Vaccination North-Western Provinces 1866-1877 - 1866-1877
Year: 1866
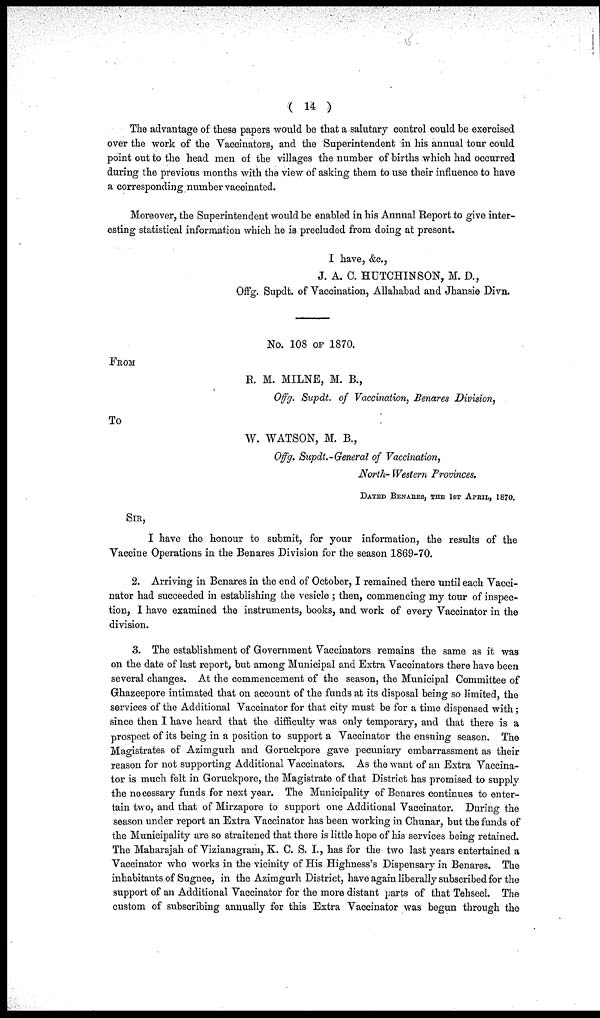
( 14 )
The advantage of these papers would be that a salutary control could be exercised
over the work of the Vaccinators, and the Superintendent in his annual tour could
point out to the head men of the villages the number of births which had occurred
during the previous months with the view of asking them to use their influence to have
a corresponding number vaccinated.
Moreover, the Superintendent would be enabled in his Annual Report to give inter-
esting statistical information which he is precluded from doing at present.
I have, &c.,
J. A. C. HUTCHINSON, M. D.,
Offg. Supdt. of Vaccination, Allahabad and Jhansie Divn.
No. 108 OF 1870.
FROM
R. M. MILNE, M. B.,
Offg. Supdt. of Vaccination, Benares Division,
To
W. WATSON, M. B.,
Offg. Supdt.-General of Vaccination,
North- Western Provinces.
DATED BENARES, THE 1ST APRIL, 1870.
SIR,
I have the honour to submit, for your information, the results of the
Vaccine Operations in the Benares Division for the season 1869-70.
2. Arriving in Benares in the end of October, I remained there until each Vacci¬
nator had succeeded in establishing the vesicle ; then, commencing my tour of inspec-
tion, I have examined the instruments, books, and work of every Vaccinator in the
division.
3. The establishment of Government Vaccinators remains the same as it was
on the date of last report, but among Municipal and Extra Vaccinators there have been
several changes. At the commencement of the season, the Municipal Committee of
Ghazeepore intimated that on account of the funds at its disposal being so limited, the
services of the Additional Vaccinator for that city must be for a time dispensed with;
since then I have heard that the difficulty was only temporary, and that there is a
prospect of its being in a position to support a Vaccinator the ensuing season. The
Magistrates of Azimgurh and Goruckpore gave pecuniary embarrassment as their
reason for not supporting Additional Vaccinators. As the want of an Extra Vaccina-
tor is much felt in Goruckpore, the Magistrate of that District has promised to supply
the necessary funds for next year. The Municipality of Benares continues to enter-
tain two, and that of Mirzapore to support one Additional Vaccinator. During the
season under report an Extra Vaccinator has been working in Chunar, but the funds of
the Municipality are so straitened that there is little hope of his services being retained.
The Maharajah of Vizianagram, K. C. S. I., has for the two last years entertained a
Vaccinator who works in the vicinity of His Highness's Dispensary in Benares. The
inhabitants of Sugnee, in the Azimgurh District, have again liberally subscribed for the
support of an Additional Vaccinator for the more distant parts of that Tehseel. The
custom of subscribing annually for this Extra Vaccinator was begun through the